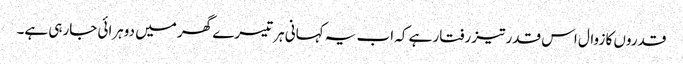
قدروں کا زوال اس قدر تیز رفتار ہے کہ اب یہ کہانی ہر تیسرے گھر میں دوہرائی جارہی ہے۔